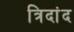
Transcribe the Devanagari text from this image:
त्रिदांद